Bombay plague: being a history of the progress of plague in the Bombay presidency from September 1896 to June 1899
Year: 1896
Disease focus: Plague
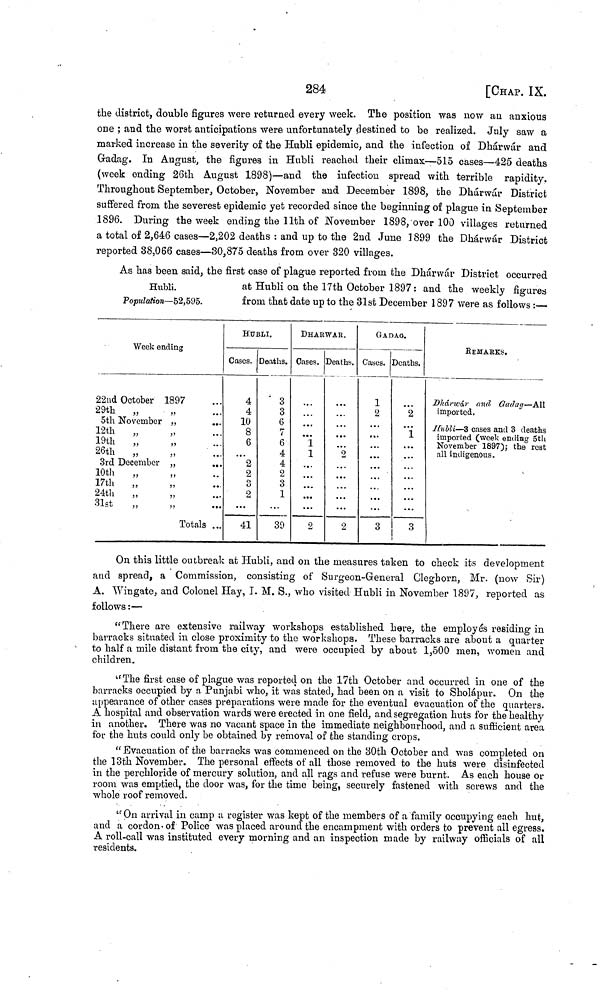
284
[CHAP. IX.
the district, double figures were returned every week. The position was now an anxious
one ; and the worst anticipations were unfortunately destined to be realized. July saw a
marked increase in the severity of the Hubli epidemic, and the infection of Dhárwár and
Gradag. In August, the figures in Hubli reached their climax—515 cases—425 deaths
(week ending 26th August 1898)—and the infection spread with terrible rapidity.
Throughout September, October, November and December 1898, the Dhárwár District
suffered from the severest epidemic yet recorded since the beginning of plague in September
1896. During the week ending the 11th of November 1898, over 100 villages returned
a total of 2,646 cases—2,202 deaths : and up to the 2nd June 1899 the Dhárwár District
reported 38,066 cases—30,875 deaths from over 320 villages.
As has been said, the first case of plague reported from the Dhárwár District occurred
Hubli.
Population—52,595.
at Hubli on the 17th October 1897: and the weekly figures
from that date up to the 31st December 1897 were as follows :—
Week ending
22nd October
1897
29th
„ ,,
5th November ,,
12th ,, ,,
19th ,, ,,
26th ,, ,,
3rd December ,,
10th ,, ,,
17th ,, ,,
24th ,, ,,
31st ,, ,,
...
...
...
...
...
...
...
Totals ...
HUBLI.
Cases.
4
4
10
8
6
...
2
2
3
2
41
Deaths.
3
3
6
7
6
4
4
2
3
1
39
DHARWAR.
Cases.
...
... ... 1
1
...
2
Deaths. |
...
... ... ...
2
...
2
G A DAG.
Cases.
1
2
... ... ...
...
3
Deaths.
2
... ... 1
...
3
REMARKS.
Dhárwár and Gadag — All
imported.
IIubli — 3 cases and 3 deaths
imported (week ending 5th
November 1897); the rest
all indigenous.
On this little outbreak at Hubli, and on the measures taken to check its development
and spread, a Commission, consisting of Surgeon-General Cleghorn, Mr. (now Sir)
A. Wingate, and Colonel Hay, I. M. S., who visited Hubli in November 1897, reported as
follows :—
"There are extensive railway workshops established here, the employes residing in
barracks situated in close proximity to the workshops. These barracks are about a quarter
to half a mile distant from the city, and were occupied by about 1,500 men, women and
children.
"The first case of plague was reported on the 17th October and occurred in one of the
barracks occupied by a Punjabi who, it was stated, had been on a visit to Sholápur. On the
appearance of other cases preparations were made for the eventual evacuation of the quarters.
A hospital and observation wards were erected in one field, and segregation huts for the healthy
in another. There was no vacant space in the immediate neighbourhood, and a sufficient area
for the huts could only be obtained by removal of the standing crops.
"Evacuation of the barracks was commenced on the 30th October and was completed on
the 13th November. The personal effects of all those removed to the huts were disinfected
in the perchloride of mercury solution, and all rags and refuse were burnt. As each house or
room was emptied, the door was, for the time being, securely fastened with screws and the
whole roof removed.
"On arrival in camp a register was kept of the members of a family occupying each hut,
and a cordon- of Police was placed around the encampment with orders to prevent all egress.
A roll-call was instituted every morning and an inspection made by railway officials of all
residents.